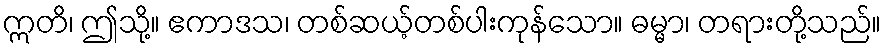
ဣတိ၊ ဤသို့။ ဧကာဒသ၊ တစ်ဆယ့်တစ်ပါးကုန်သော။ ဓမ္မာ၊ တရားတို့သည်။